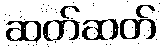
ဆတ်ဆတ်